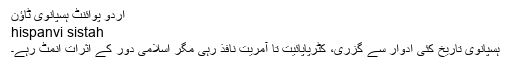
اردو پوائنٹ ہسپانوی ٹاؤن
hispanvi sistah
ہسپانوی تاریخ کئی ادوار سے گزری، کٹرپاپائیت تا آمریت نافذ رہی مگر اسلامی دور کے اثرات انمٹ رہے۔